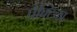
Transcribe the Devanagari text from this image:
प्रैक्टिका